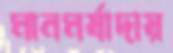
মানমর্যাদায়